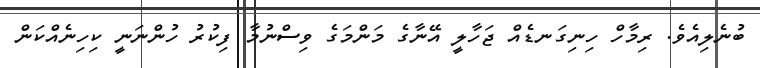
ބުނެލިއެވެ. ރިމާހް ހިނިގަނޑެއް ޖަހާލީ އޭނާގެ މަންމަގެ ވިސްނުމާ ފިކުރު ހުންނަނީ ކިހިނެއްކަން